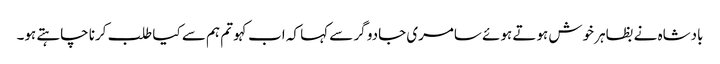
بادشاہ نے بظاہر خوش ہوتے ہوئے سامری جادو گر سے کہا کہ اب کہو تم ہم سے کیا طلب کرنا چاہتے ہو۔